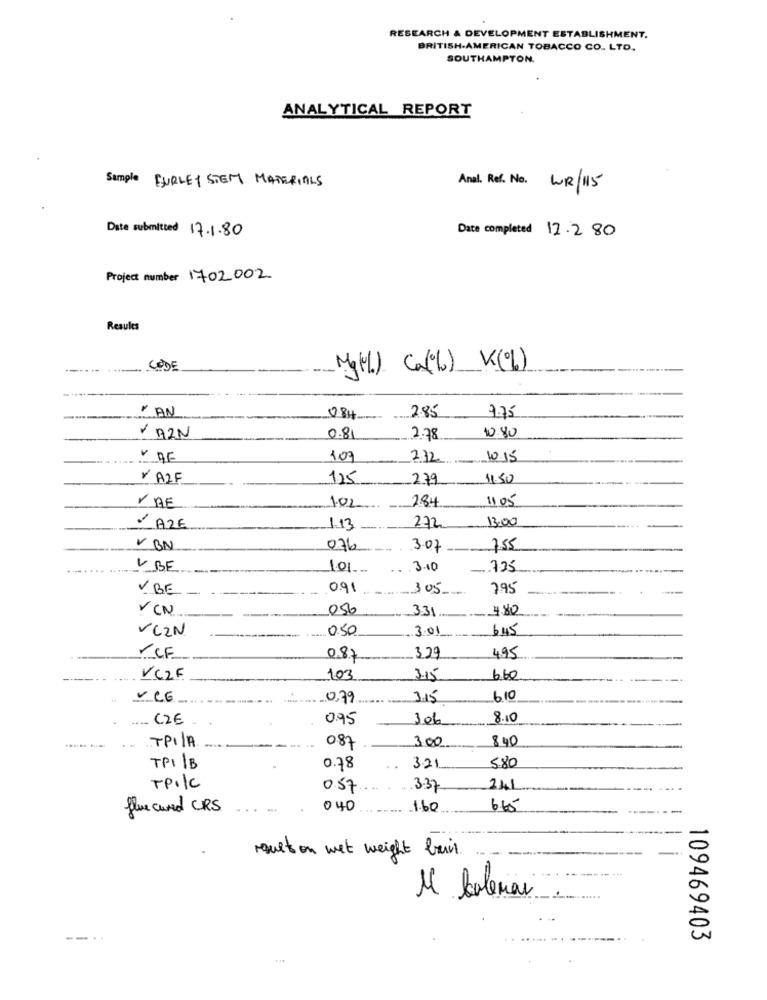
RESEARCH & DEVELOPMENT ESTABLISHMENT.
BRITISH-AMERICAN TOBACCO CO. LTD.
SOUTHAMPTON.
ANALYTICAL REPORT
Sample FURLEY STEM MATERIALS
Anal. Ref. No. WUR/115
Date submitted 17.1.80
Date completed 12.2 80
Project number 1702002
Results
CODE
Mg(%). Ca(%) K(%)
" AN
7.75
084
285
10.80
· AZN
0.81
2.78
V DE
107
232
1015
Y A2F
125
279
1150
VAE
284
1105
102
13,00
VAZE
1.13
272
V BN
076
3.07
7.55
V BE
101
.. . 3.10
725
V BE
091
305
795
VCN .
056
4.80
331
VC2N
050
3.01
645
- CF
0.87
329
4.95
VC2F
103
3-15
660
0,79
3.15
610
C2€
095
306
8.10
300
840
TPI/A
087
580
TPI /B
0.78
321
TPI/C
0.57
3.37
241
flue curd CRS
040
1.60
665
-
rust on wet weight bain.
Ml balenas
--..
109469403
...